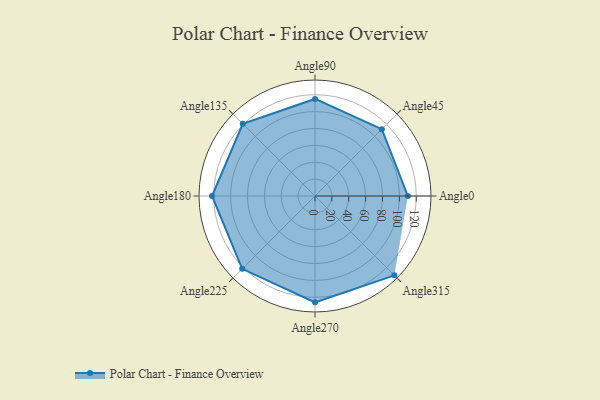
{"axis": {"x": "Angle", "y": "Radius"}, "legend": [""], "data": [{"x": "Angle0", "y": 110.0, "type": ""}, {"x": "Angle45", "y": 112.0, "type": ""}, {"x": "Angle90", "y": 115.0, "type": ""}, {"x": "Angle135", "y": 121.0, "type": ""}, {"x": "Angle180", "y": 122.0, "type": ""}, {"x": "Angle225", "y": 122.0, "type": ""}, {"x": "Angle270", "y": 126.0, "type": ""}, {"x": "Angle315", "y": 133.0, "type": ""}]}